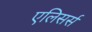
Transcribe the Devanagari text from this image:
एलिसर्स